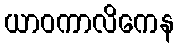
ယာဝကာလိကေန